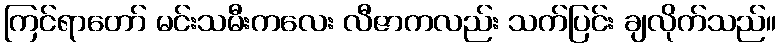
ကြင်ရာတော် မင်းသမီးကလေး လီဇာကလည်း သက်ပြင်း ချလိုက်သည်။